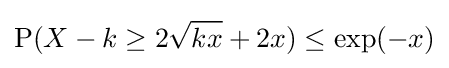
\operatorname {P} (X-k\geq 2{\sqrt {kx}}+2x)\leq \exp(-x)